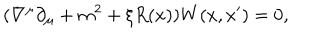
( \nabla ^ { \mu } \partial _ { \mu } + m ^ { 2 } + \xi R ( x ) ) W ( x , x ^ { \prime } ) = 0 ,